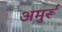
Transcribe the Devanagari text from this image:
अमुर्रू